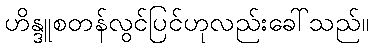
ဟိန္ဒူစတန်လွင်ပြင်ဟုလည်းခေါ်သည်။